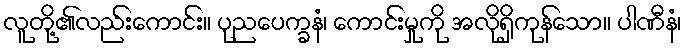
လူတို့၏လည်းကောင်း။ ပုညပေက္ခနံ၊ ကောင်းမှုကို အလိုရှိကုန်သော။ ပါဏီနံ၊